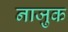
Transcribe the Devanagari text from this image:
नाजु़क